Report of the Indian Hemp Drugs Commission, 1894-1895 - Volume VII
Year: 1894
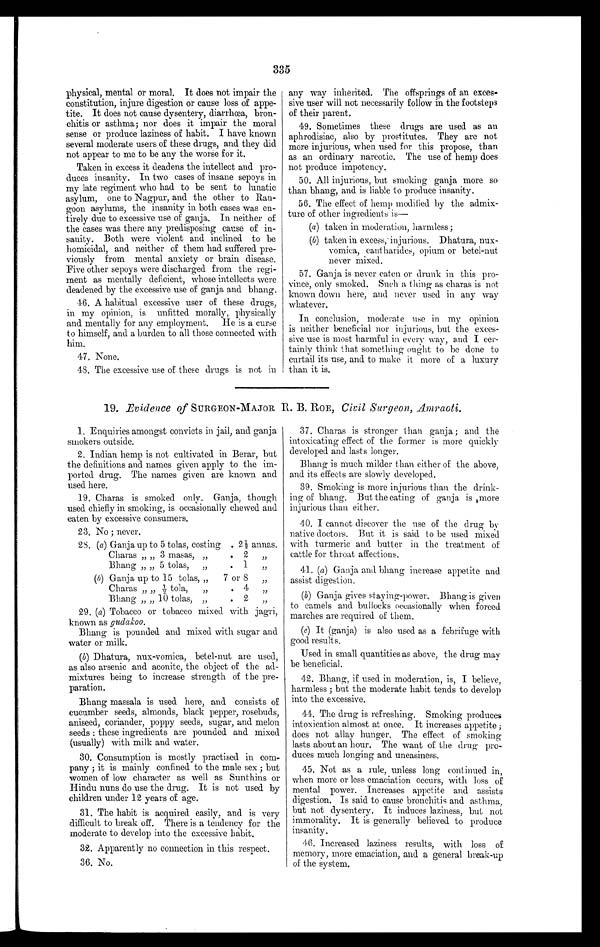
335
physical, mental or moral. It does not impair the
constitution, injure digestion or cause loss of appe-
tite. It does not cause dysentery, diarrhœa, bron-
chitis or asthma; nor does it impair the moral
sense or produce laziness of habit. I have known
several moderate users of these drugs, and they did
not appear to me to be any the worse for it.
Taken in excess it deadens the intellect and pro-
duces insanity. In two cases of insane sepoys in
my late regiment who had to be sent to lunatic
asylum, one to Nagpur, and the other to Ran-
goon asylums, the insanity in both cases was en-
tirely due to excessive use of ganja. In neither of
the cases was there any predisposing cause of in-
sanity. Both were violent and inclined to be
homicidal, and neither of them had suffered pre-
viously from mental anxiety or brain disease.
Five other sepoys were discharged from the regi-
ment as mentally deficient, whose intellects were
deadened by the excessive use of ganja and bhang.
46. A habitual excessive user of these drugs,
in my opinion, is unfitted morally, physically
and mentally for any employment. He is a curse
to himself, and a burden to all those connected with
him.
47. None.
48. The excessive use of these drugs is not in
any way inherited. The offsprings of an exces-
sive user will not necessarily follow in the footsteps
of their parent.
49. Sometimes these drugs are used as an
aphrodisiac, also by prostitutes. They are not
more injurious, when used for this propose, than
as an ordinary narcotic. The use of hemp does
not produce impotency.
50. All injurious, but smoking ganja more so
than bhang, and is liable to produce insanity.
56. The effect of hemp modified by the admix-
ture of other ingredients is—
(a ) taken in moderation, harmless ;
(b) taken in excess, injurious. Dhatura, nux-
vomica, cant harides, opium or betel-nut
n e v e r m i x e d .
57. Ganja is never eaten or drunk in this pro-
vince, only smoked. Such a thing as charas is not
known down here, and never used in any way
whatever.
In conclusion, moderate use in my opinion
is neither beneficial nor injurious, but the exces-
sive use is most harmful in every way, and I cer-
tainly think that something ought to be done to
curtail its use, and to make it more of a luxury
than it is.
19. Evidence of SURGEON-MAJOR R. B. ROE, Civil Surgeon, Amraoti.
1. Enquiries amongst convicts in jail, and ganja
smokers outside.
2. Indian hemp is not cultivated. in Berar, but
the definitions and names given apply to the im-
ported drug. The names given are known and
used here.
19. Charas is smoked only. Ganja, though
used chiefly in smoking, is occasionally chewed and
eaten by excessive consumers.
23. No ; never.
28. (a) Ganja up to 5 tolas, costing . 2½ annas.
Charas „ „ 3 masas, „
. 2 ,,
Bhang „ „ 5 tolas, „
. 1
(b) Ganja up to 15 tolas, „
7 or 8 „
Charas „ „ ½ tola,
. 5. 5
. 4 ,,
Bhang „ „ 10 tolas, „
. 2 ,,
29. (a ) Tobacco or tobacco mixed with jagri,
known as gudakoo.
Bhang is pounded and mixed with sugar and
water or milk.
(b) Dhatura, nux-vomica, betel-nut are used,
as also arsenic and aconite, the object of the ad-
mixtures being to increase strength of the pre-
paration.
Bhang massala is used here, and consists of
cucumber seeds, almonds, black pepper, rosebuds,
aniseed, coriander, poppy seeds, sugar, and melon
seeds : these ingredients are pounded and. mixed
(usually) with milk and water.
30. Consumption is mostly practised in com-
pany ; it is mainly confined to the male sex ; but
women of low character as well as Sunthins or
Hindu nuns do use the drug. It is not used by
children under 12 years of age.
31. The habit is acquired easily, and is very
difficult to break off. There is a tendency for the
moderate to develop into the excessive habit.
32. Apparently no connection in this respect.
36. No.
37. Charas is stronger than ganja ; and the
intoxicating effect of the former is more quickly
developed and lasts longer.
Bhang is much milder than either of the above,
and its effects are slowly developed.
39. Smoking is more injurious than the drink-
ing of bhang. But the eating of ganja is more
injurious than either.
40. I cannot discover the use of the drug by
native doctors. But it is said to be used mixed
with turmeric and butter in the treatment of
cattle for throat affections.
41. (a) Ganja and bhang increase appetite and
assist digestion.
(b) Ganja gives staying-power. Bhang is given
to camels and bullocks occasionally when forced
marches are required of them.
(c) It (ganja) is also used as a febrifuge with
good results.
Used in small quantities as above, the drug may
be beneficial.
42. Bhang, if used in moderation, is, I believe,
harmless ; but the moderate habit tends to develop
into the excessive.
44. The drug is refreshing. Smoking produces
intoxication almost at once. It increases appetite ;
does not allay hunger. The effect of smoking
lasts about an hour. The want of the drug pro-
duces much longing and uneasiness.
45. Not as a rule, unless long continued in,
when more or less emaciation occurs, with loss of
mental power. Increases appetite and assists
digestion. Is said to cause bronchitis and asthma,
but not dysentery. It induces laziness, but not
immorality. It is generally believed to produce
insanity.
46. Increased laziness results, with loss of
memory, more emaciation, and a general break-up
of the system.